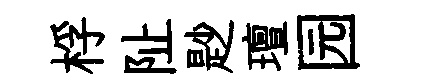
桴阯尟璮园